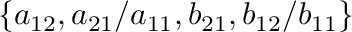
\{ a _ { 1 2 } , a _ { 2 1 } / a _ { 1 1 } , b _ { 2 1 } , b _ { 1 2 } / b _ { 1 1 } \}